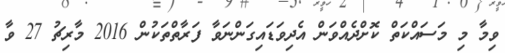
ވިމާ މި މަސައްކަތް ކޮށްދެއްވަން އެދިވަޑައިގަންނަވާ ފަރާތްތަކުން 2016 މާރިޗު 27 ވާ